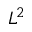
L ^ { 2 }